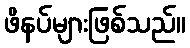
ဖိနပ်များဖြစ်သည်။